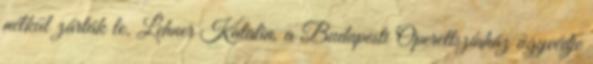
nélkül zárták le. Lehner Katalin, a Budapesti Operettszínház ügyvédje